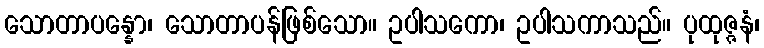
သောတာပန္နော၊ သောတာပန်ဖြစ်သော။ ဥပါသကော၊ ဥပါသကာသည်။ ပုထုဇ္ဇနံ၊